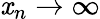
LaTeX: \mathit{x}_{n}\to\infty